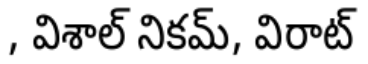
, విశాల్ నికమ్, విరాట్